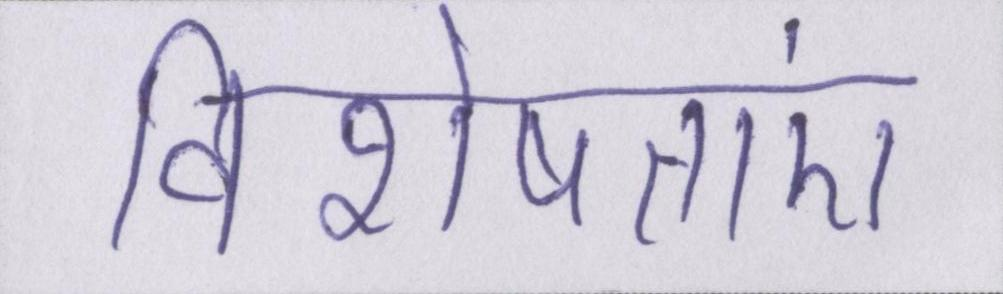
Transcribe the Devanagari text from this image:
विशेषताएं